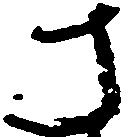
さ